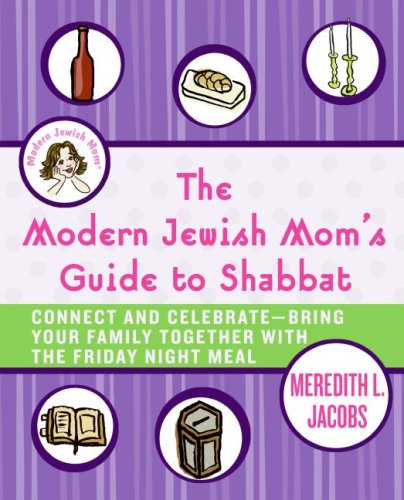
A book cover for The Modern Jewish Mom's Guide to Shabbat: Connect and Celebrate--Bring Your Family Together with the Friday Night Meal; Meredith L. Jacobs; Religion & Spirituality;